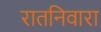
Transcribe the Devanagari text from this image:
रातनिवारा